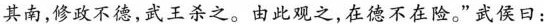
其南，修政不德，武王杀之。由此观之，在德不在险。武侯曰：